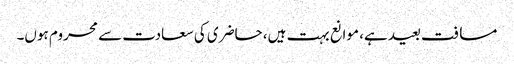
مسافت بعید ہے، موانع بہت ہیں، حاضری کی سعادت سے محروم ہوں۔